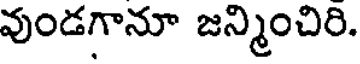
వుండగానూ జన్మించిరి.